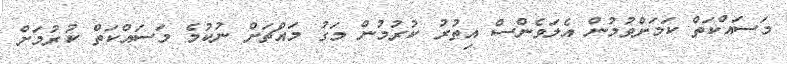
މަސައްކަތް ކަމަށްވުމުން އެލަވެންސް އިތުރު ކުރުމުން މަގު މައްޗަށް ނުކުމެ މަސައްކަތް ކުރުމަށް